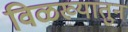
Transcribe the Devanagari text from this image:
विळख्यातुन